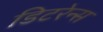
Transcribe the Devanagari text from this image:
डिटरेन्स